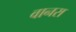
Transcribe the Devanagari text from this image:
वानरा